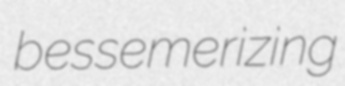
bessemerizing